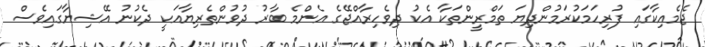
ޖެމެއިކާގައި ފުރިހަމަކުރަމުންދިޔަ ތަމްރީންތަކާ އެކު ދިވެހިރާއްޖޭގެ އެންމެ ބާރު ދުވުންތެރިޔާއަކީ ދެކުނު އޭޝިޔާގައިވެސް